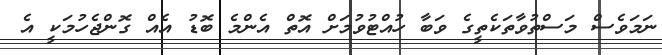
ނަމަވެސް މަސްތުވާތަކެތީގެ ވަބާ ހުއްޓުވުމަށް އޮތް އެންމެ ބޮޑު އެއް ގޮންޖެހުމަކީ އެ